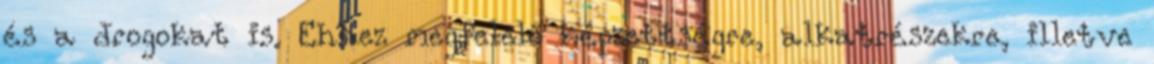
és a drogokat is. Ehhez megfelelő képzettségre, alkatrészekre, illetve